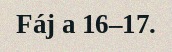
Fáj a 16–17.